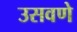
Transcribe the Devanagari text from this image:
उसवणे